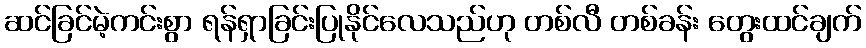
ဆင်ခြင်မဲ့ကင်းစွာ ရန်ရှာခြင်းပြုနိုင်လေသည်ဟု တစ်လီ တစ်ခန်း တွေးထင်ချက်